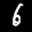
Label: 6